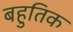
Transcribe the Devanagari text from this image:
बहुतिक